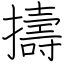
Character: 擣